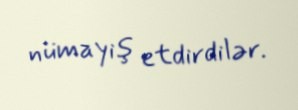
nümayiş etdirdilər.